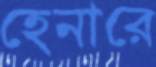
হেনারে